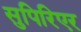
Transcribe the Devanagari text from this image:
सुपिरिएर